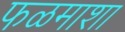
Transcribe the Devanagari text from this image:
फळमाशा